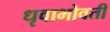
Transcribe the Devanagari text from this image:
धृवाभोवती